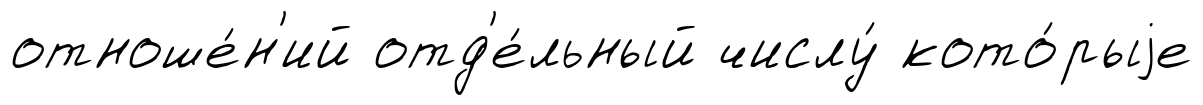
отноше́н'ий отд'е́льный числу́ кото́рыjе